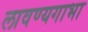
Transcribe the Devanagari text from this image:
लावण्यगाभा